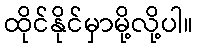
ထိုင်နိုင်မှာမို့လို့ပါ။